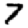
Digit: 7